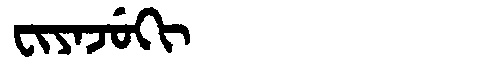
Manchu: ᠸᡳᠶᠠᠵᡠᡴᡳ
Romanization: FIYAJUKI